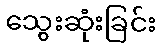
သွေးဆုံးခြင်း